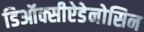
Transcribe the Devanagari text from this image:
डिऑक्सीऐडेनोसिन